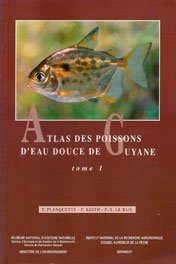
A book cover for Atlas DES Poissons d'Eau Douce De Guyane: Vol 1 (Collection du patrimoine naturel) (French Edition); P. Planquette; Travel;